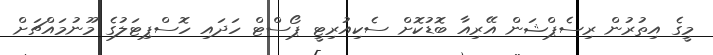
މީގެ އިތުރުން ރިސެޕްޝަން އޭރިއާ ބޮޑުކޮށް ސެކިއުރިޓީ ޕޯސްޓް ހަދައި ހޮސްޕިޓަލުގެ މޫނުމައްޗަށް